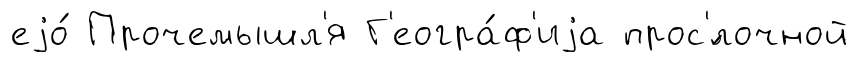
еjо́ Прочемышл'я Г'еогра́ф'иjа прос'́лочной